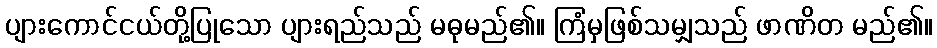
ပျားကောင်ငယ်တို့ပြုသော ပျားရည်သည် မဓုမည်၏။ ကြံမှဖြစ်သမျှသည် ဖာဏိတ မည်၏။